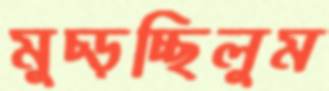
মুচ্‌ড়চ্ছিলুম